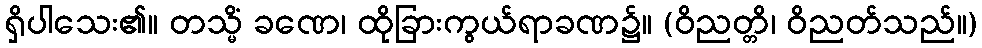
ရှိပါသေး၏။ တသ္မိံ ခဏေ၊ ထိုခြားကွယ်ရာခဏ၌။ (ဝိညတ္တိ၊ ဝိညတ်သည်။)